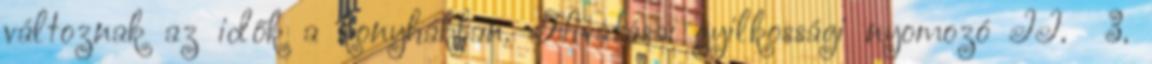
változnak az idők a konyhákban. Hivatása: gyilkossági nyomozó II. 3.